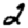
Digit: 2